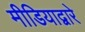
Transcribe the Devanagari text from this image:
मीडियाद्वारे